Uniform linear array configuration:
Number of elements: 8
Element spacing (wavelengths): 0.25
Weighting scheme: hann
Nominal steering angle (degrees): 0
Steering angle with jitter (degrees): -0.06101
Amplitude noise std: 0.05
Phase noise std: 0.05

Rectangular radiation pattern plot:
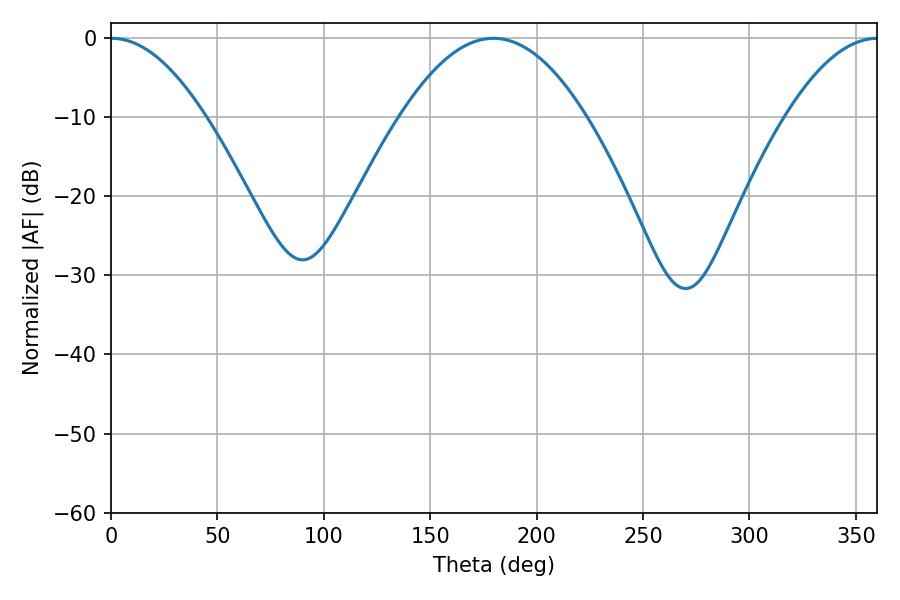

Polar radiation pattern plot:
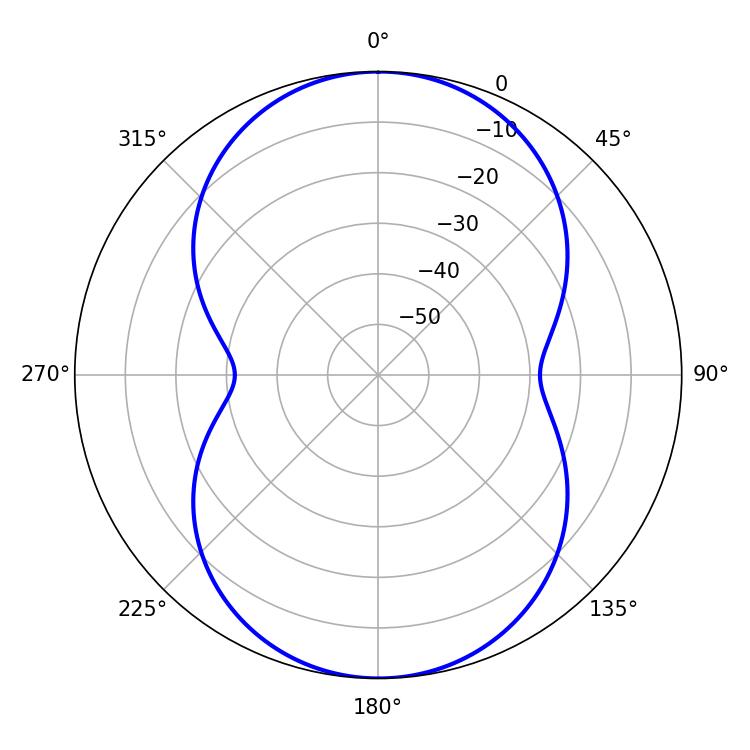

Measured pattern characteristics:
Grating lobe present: FALSE
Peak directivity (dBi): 21.15
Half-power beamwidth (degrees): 24.3
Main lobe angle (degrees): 0.36